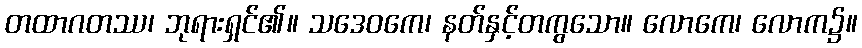
တထာဂတဿ၊ ဘုရားရှင်၏။ သဒေဝကေ၊ နတ်နှင့်တကွသော။ လောကေ၊ လောက၌။